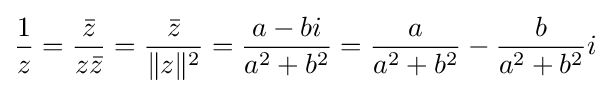
{\frac {1}{z}}={\frac {\bar {z}}{z{\bar {z}}}}={\frac {\bar {z}}{\|z\|^{2}}}={\frac {a-bi}{a^{2}+b^{2}}}={\frac {a}{a^{2}+b^{2}}}-{\frac {b}{a^{2}+b^{2}}}i